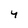
Character: 4